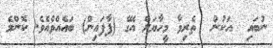
ނުބައި  އަކުން  ތެރިވާ މީހާޔަށް އޭގެ (ފާފައިން) ބައެއްވެއެވެ. ކޮންމެ